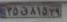
۳۵ق۸۱۵۲۹